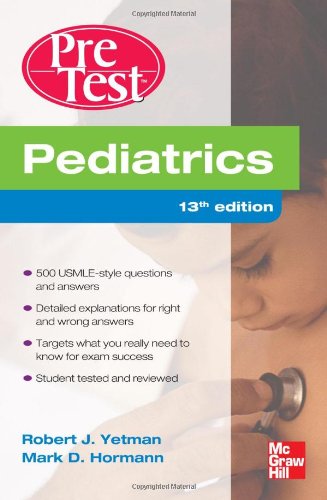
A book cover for Pediatrics PreTest Self-Assessment And Review, Thirteenth Edition; Robert Yetman; Test Preparation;